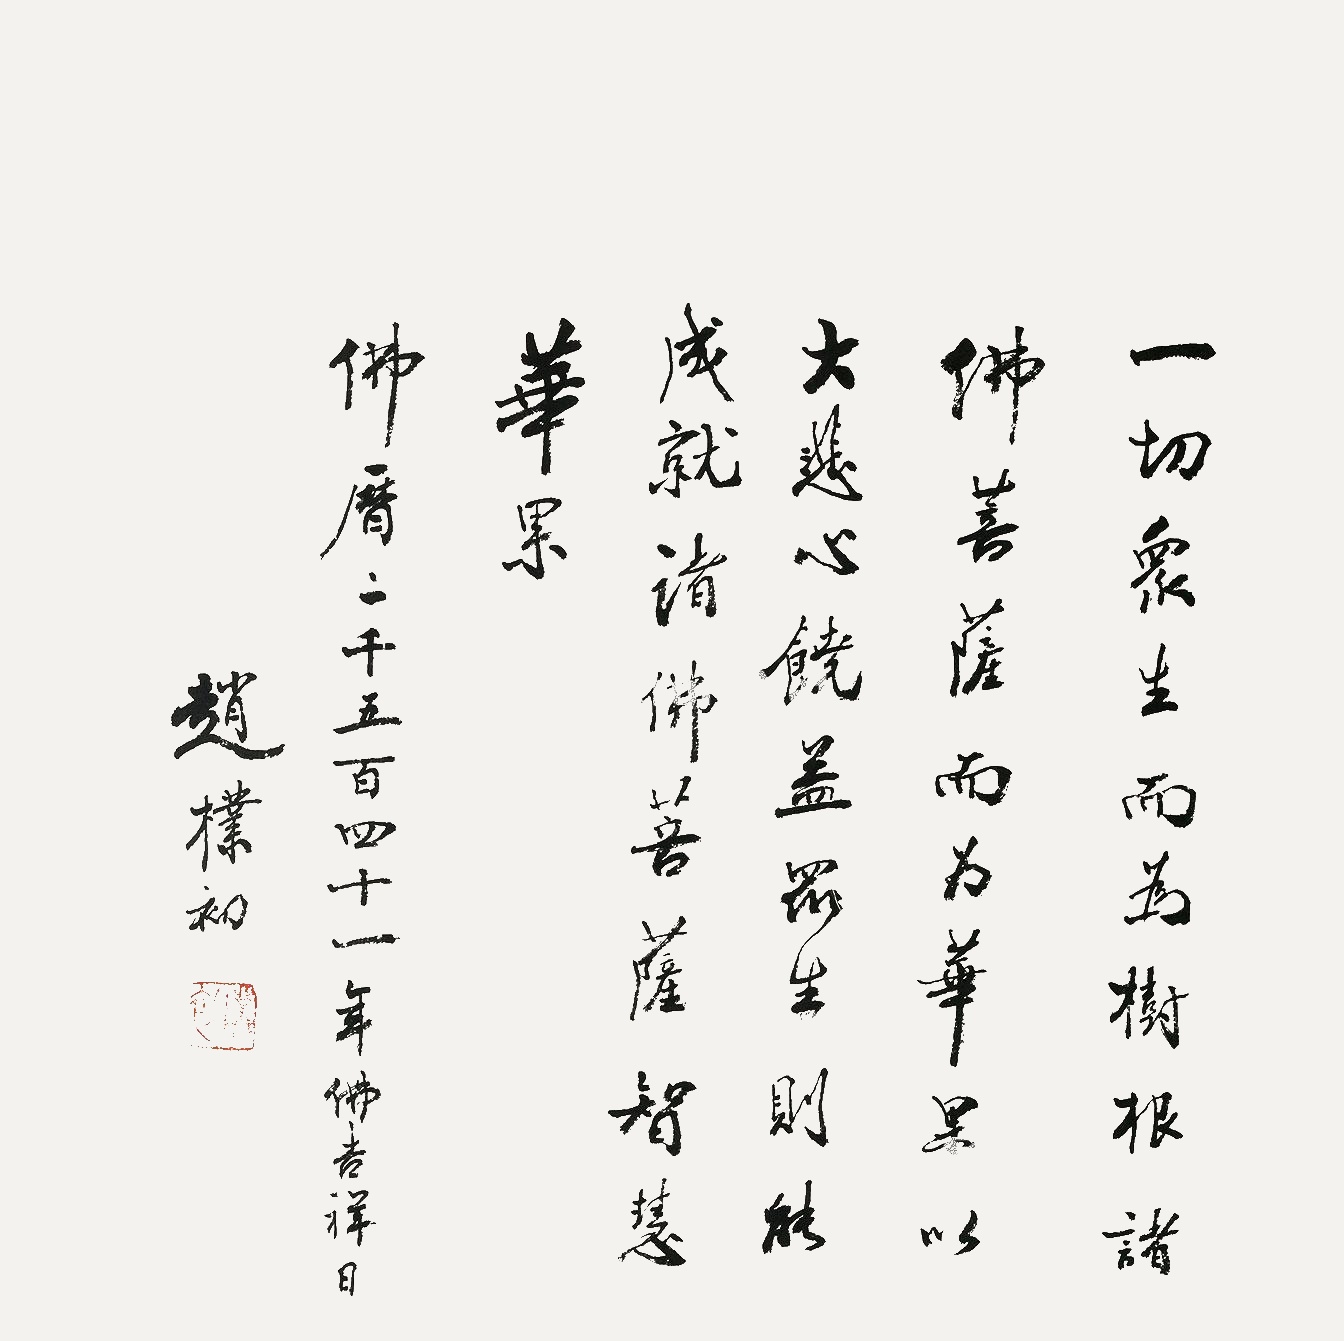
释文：一切众生而为树根，诸佛菩萨而为华果，以大悲水饶益众生，则能成就诸佛菩萨智慧华果。佛历二千五百四十一年佛吉祥日。赵朴初。